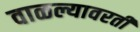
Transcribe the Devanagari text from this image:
वाळल्यावरती